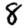
Digit: 8